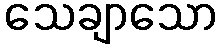
သေချာသော